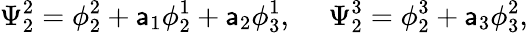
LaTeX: \Psi_{2}^{2}=\phi_{2}^{2}+\mathsf{a}_{1}\phi_{2}^{1}+\mathsf{a}_{2}\phi_{3}^{1},~~~~~\Psi_{2}^{3}=\phi_{2}^{3}+\mathsf{a}_{3}\phi_{3}^{2},